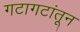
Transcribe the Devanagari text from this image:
गटागटांतून